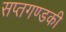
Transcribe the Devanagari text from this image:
सप्तगण्डकी